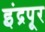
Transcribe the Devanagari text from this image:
इंद्रपूर